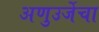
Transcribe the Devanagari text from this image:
अणुउर्जेचा